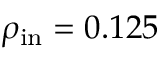
\rho _ { \mathrm { i n } } = 0 . 1 2 5